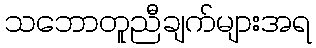
သဘောတူညီချက်များအရ